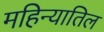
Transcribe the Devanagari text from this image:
महिन्यातिल